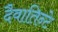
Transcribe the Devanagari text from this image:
दैवातिन्टे